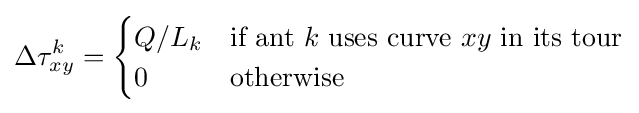
\Delta \tau _{xy}^{k}={\begin{cases}Q/L_{k}&{\mbox{if ant }}k{\mbox{ uses curve }}xy{\mbox{ in its tour}}\\0&{\mbox{otherwise}}\end{cases}}